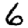
Digit: 6